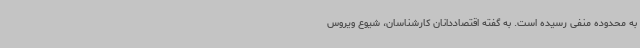
به محدوده منفی رسیده است. به گفته اقتصاددانان کارشناسان، شیوع ویروس